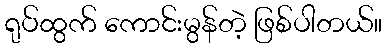
ရုပ်ထွက် ကောင်းမွန်တဲ့ ဖြစ်ပါတယ်။